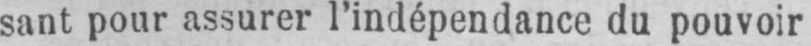
sant pour assurer l’indépendance du pouvoir